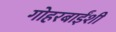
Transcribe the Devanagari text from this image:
गोहरबाईंशी